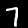
Label: 7